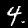
Label: 4